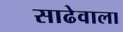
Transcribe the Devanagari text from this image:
साढेवाला